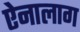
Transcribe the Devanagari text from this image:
ऐनालाग